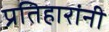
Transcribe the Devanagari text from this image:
प्रतिहारांनी